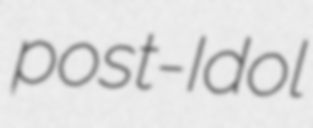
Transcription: post-Idol